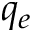
q _ { e }